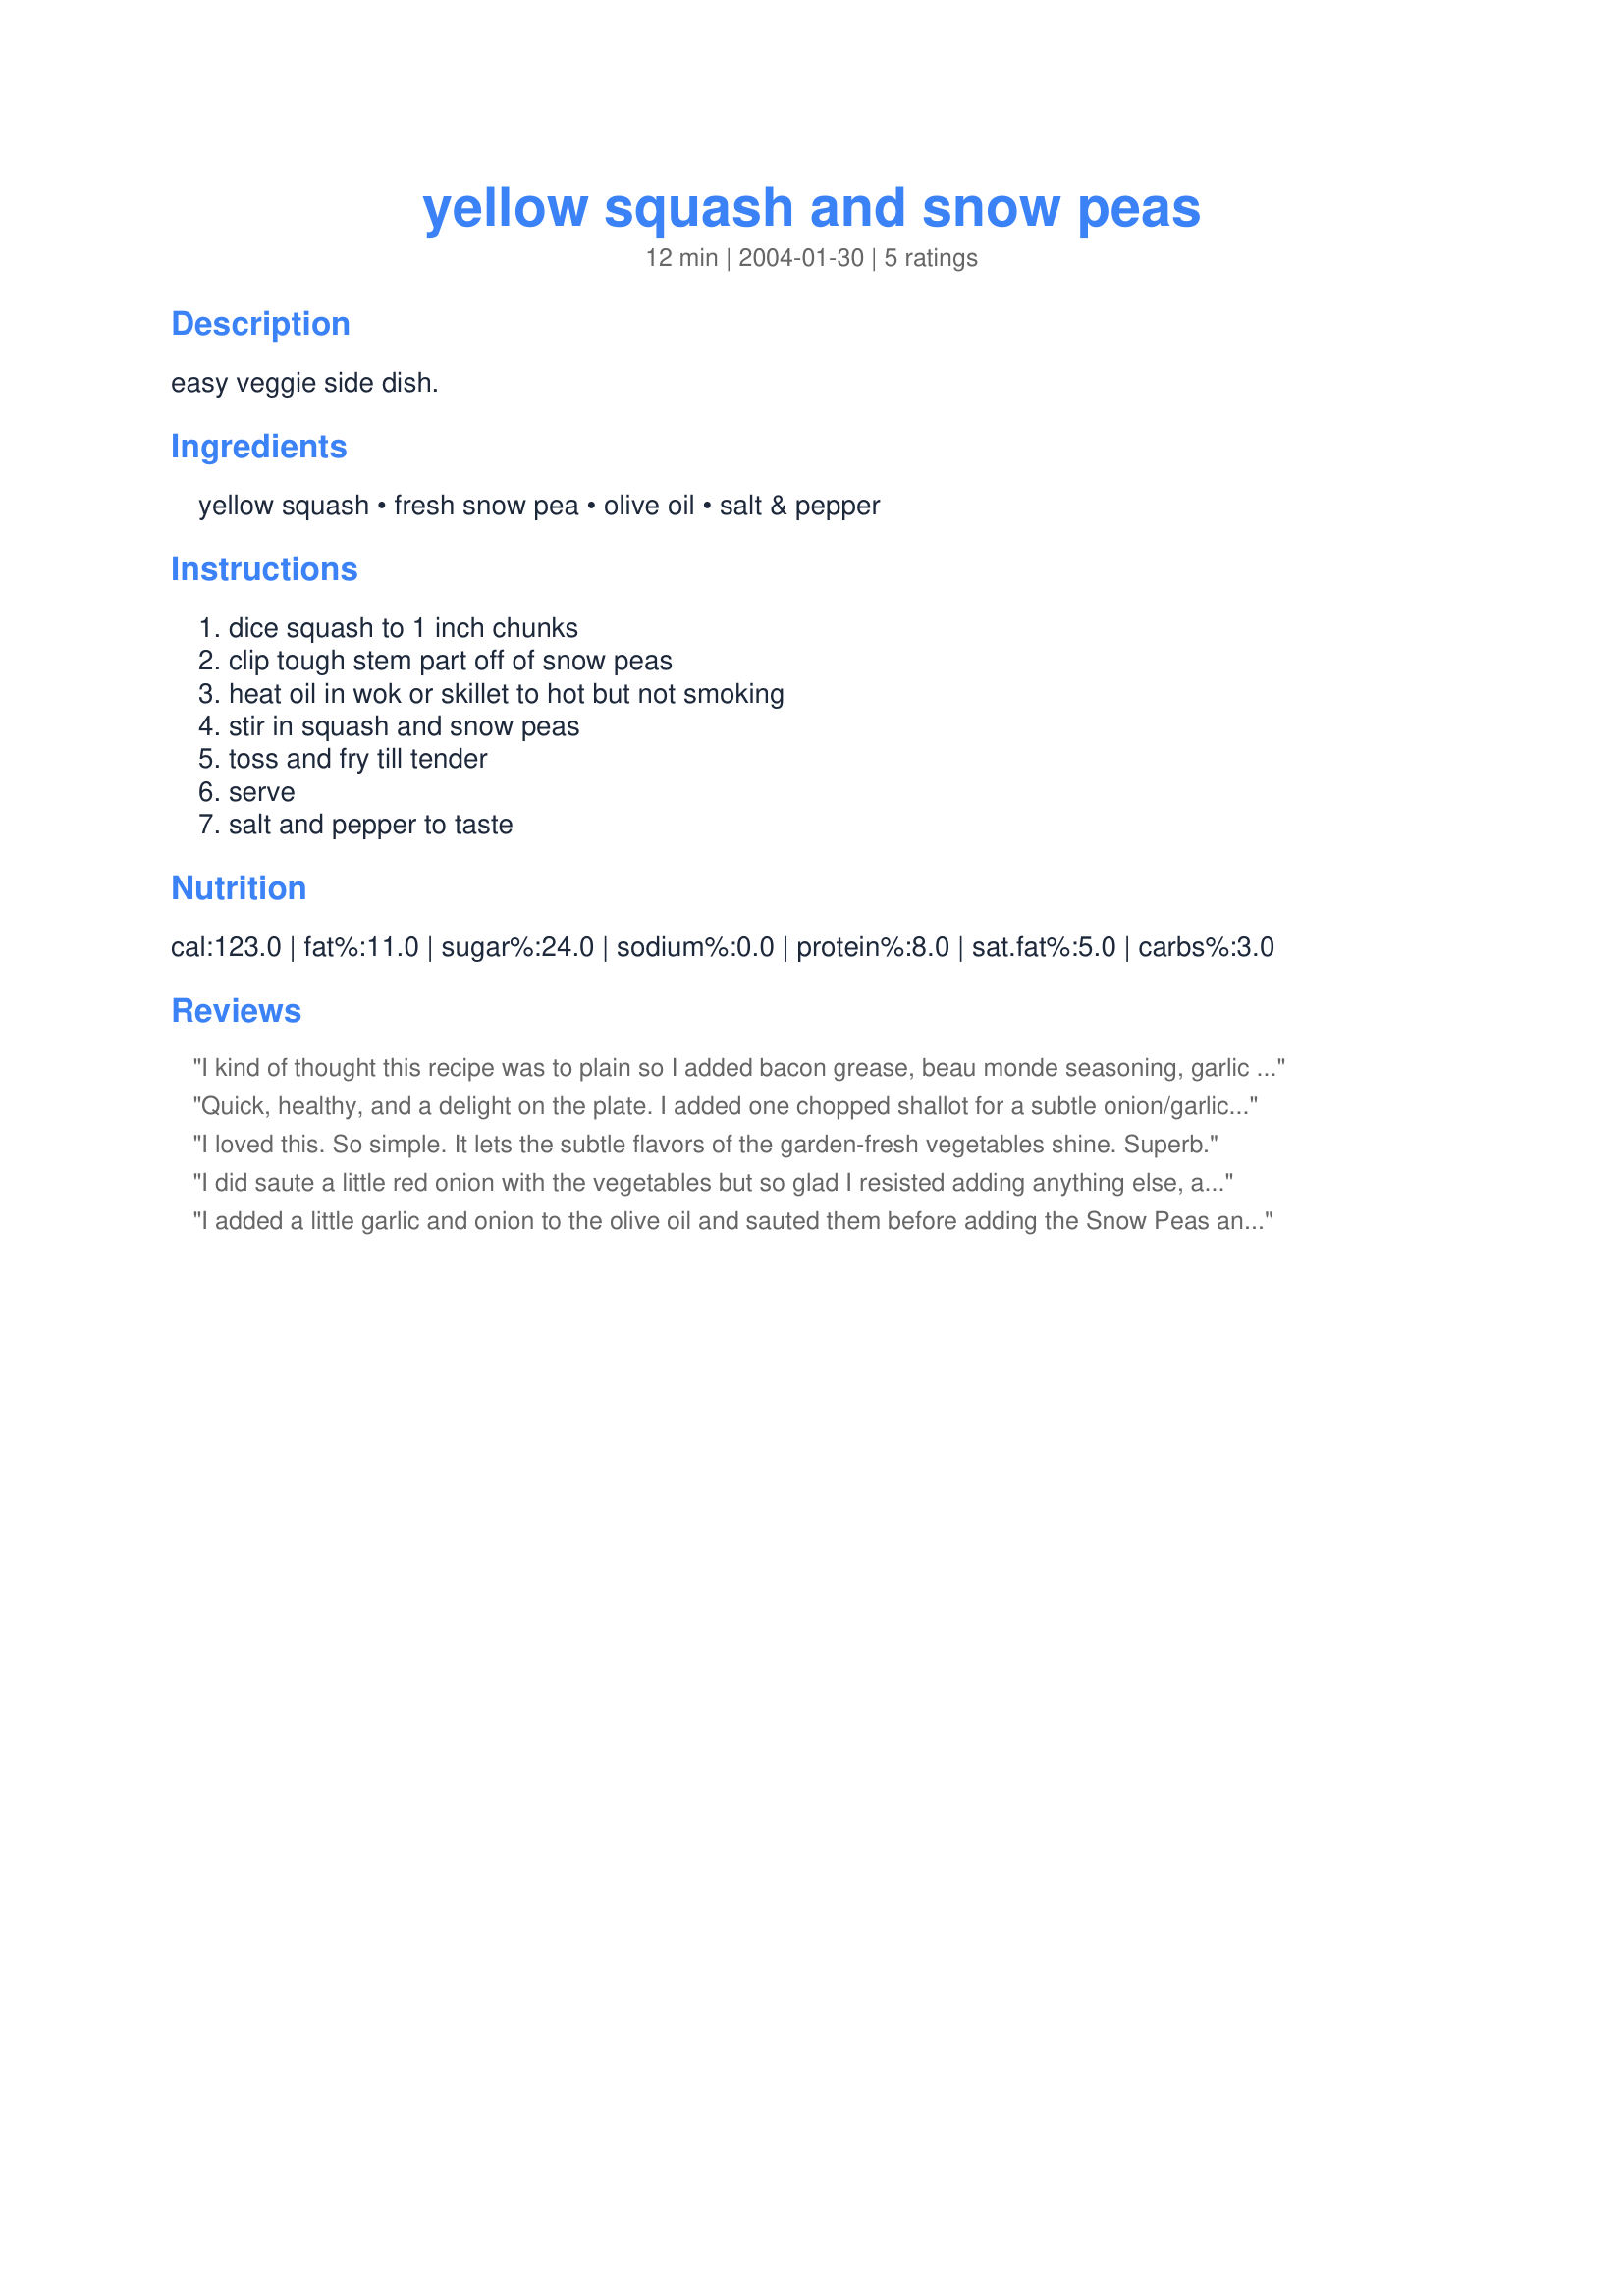
yellow squash and snow peas
Preparation time: 12 minutes

easy veggie side dish.

Ingredients:
yellow squash, fresh snow pea, olive oil, salt & pepper

Steps:
dice squash to 1 inch chunks, clip tough stem part off of snow peas, heat oil in wok or skillet to hot but not smoking, stir in squash and snow peas, toss and fry till tender, serve, salt and pepper to taste

Reviews:
I kind of thought this recipe was to plain so I added bacon grease, beau monde seasoning, garlic powder and some onion slices left from another recipe. Thanks for sharing!
Quick, healthy, and a delight on the plate. I added one chopped shallot for a subtle onion/garlic flavor and only used 1/2 a Tablespoon of oil. A very nice way to enjoy my fresh-from-the garden veggies.
I loved this. So simple. It lets the subtle flavors of the garden-fresh vegetables shine. Superb.
I did saute a little red onion with the vegetables but so glad I resisted adding anything else, and possibly changing the flavor, as your vegetable dish is delicious Thanks, spacholl!
I added a little garlic and onion to the olive oil and sauted them before adding the Snow Peas and yellow squash. Delicious! I took the leftovers to work the next day to warm in the microwave for lunch. Everyone commented how good the dish looked!
